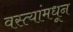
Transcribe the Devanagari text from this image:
वस्त्यांमधून